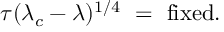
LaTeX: \tau ( \lambda _ { c } - \lambda ) ^ { 1 / 4 } \ = \ \mathrm { f i x e d } .